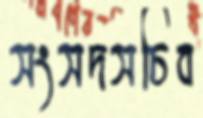
সংসদসচিব